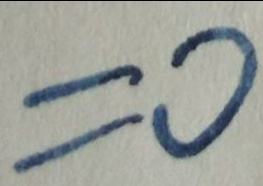
= 0